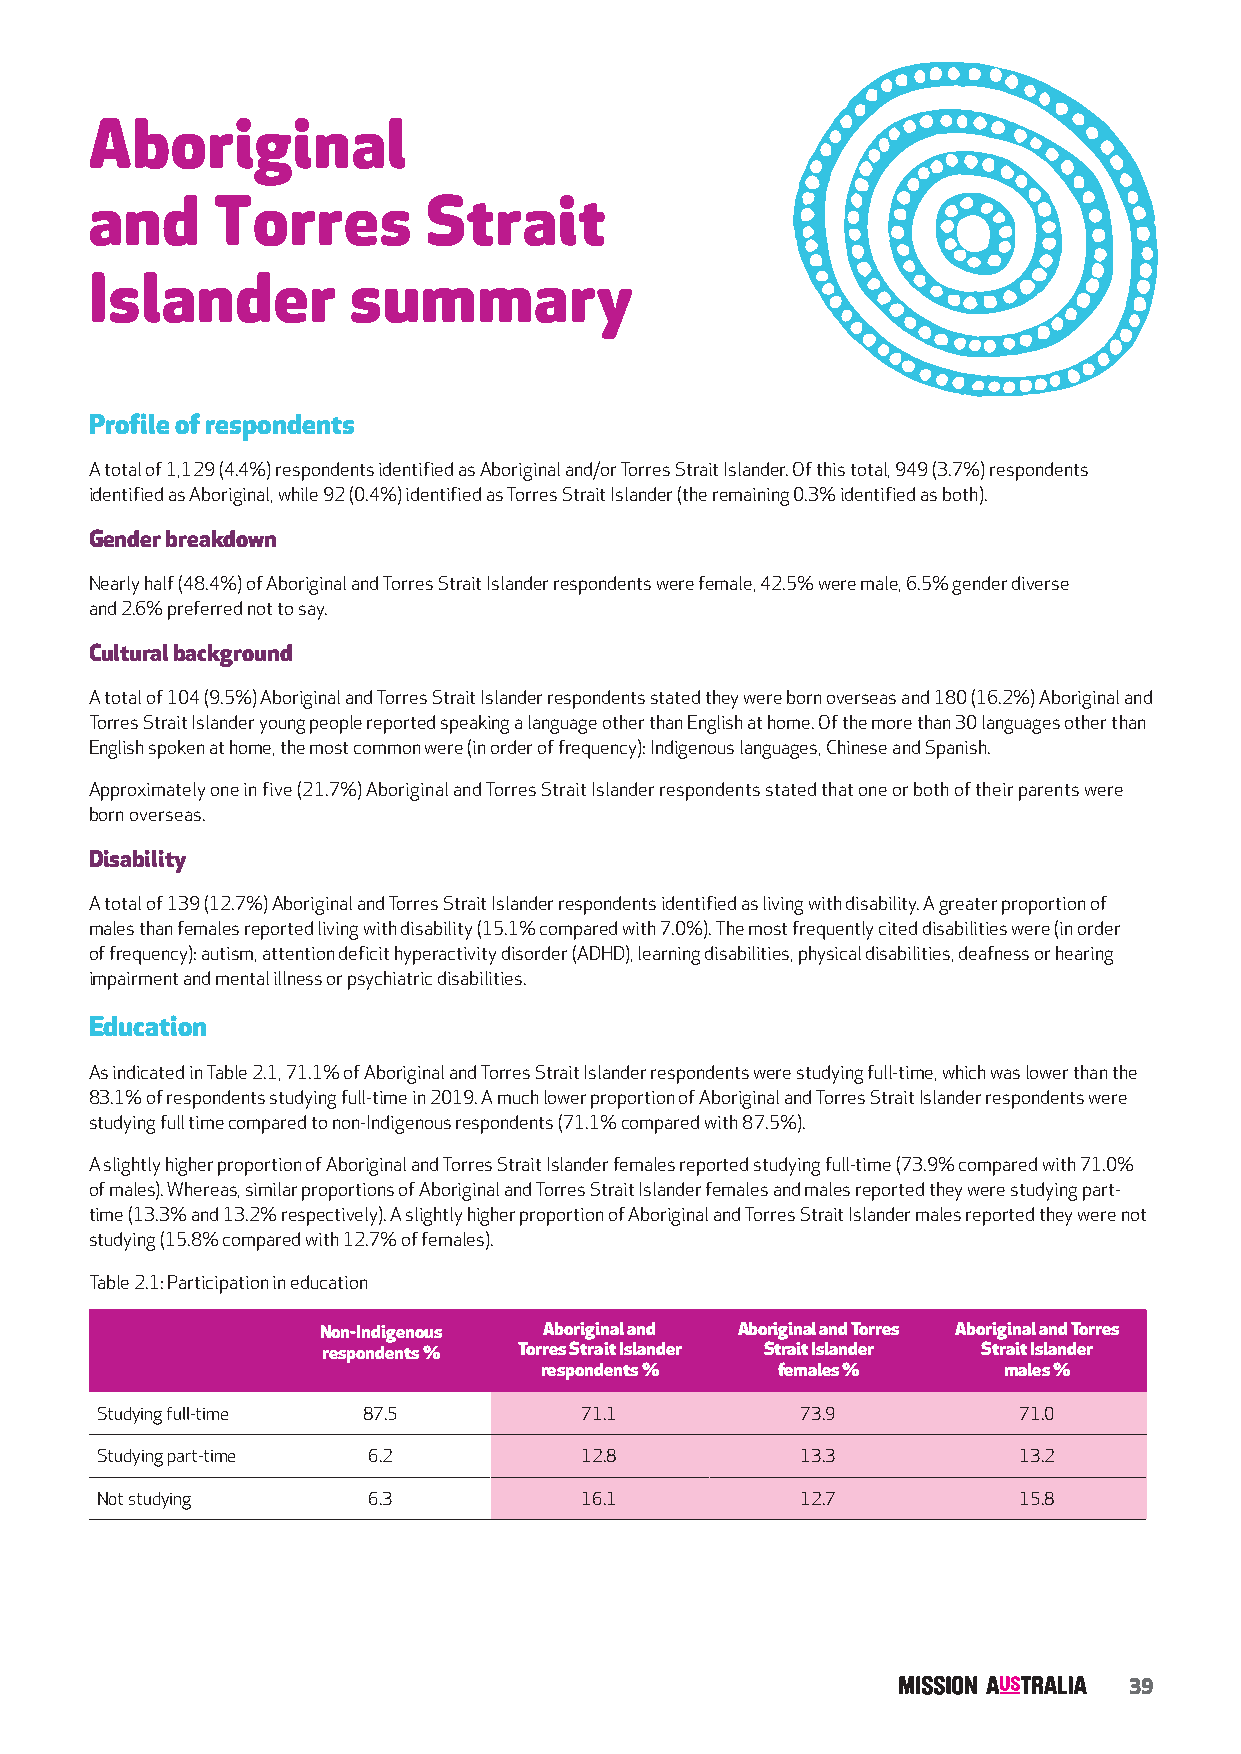
Aboriginal
 and     Torres        Strait
 Islander         summary
 Profile of respondents
 A total of 1,129 (4.4%) respondents identified as Aboriginal and/or Torres Strait Islander. Of this total, 949 (3.7%) respondents
 identified as Aboriginal, while 92 (0.4%) identified as Torres Strait Islander (the remaining 0.3% identified as both).
 Gender breakdown
 Nearly half (48.4%) of Aboriginal and Torres Strait Islander respondents were female, 42.5% were male, 6.5% gender diverse
 and 2.6% preferred not to say.
 Cultural background
 A total of 104 (9.5%) Aboriginal and Torres Strait Islander respondents stated they were born overseas and 180 (16.2%) Aboriginal and
 Torres Strait Islander young people reported speaking a language other than English at home. Of the more than 30 languages other than
 English spoken at home, the most common were (in order of frequency): Indigenous languages, Chinese and Spanish.
 Approximately one in five (21.7%) Aboriginal and Torres Strait Islander respondents stated that one or both of their parents were
 born overseas.
 Disability
 A total of 139 (12.7%) Aboriginal and Torres Strait Islander respondents identified as living with disability. A greater proportion of
 males than females reported living with disability (15.1% compared with 7.0%). The most frequently cited disabilities were (in order
 of frequency): autism, attention deficit hyperactivity disorder (ADHD), learning disabilities, physical disabilities, deafness or hearing
 impairment and mental illness or psychiatric disabilities.
 Education
 As indicated in Table 2.1, 71.1% of Aboriginal and Torres Strait Islander respondents were studying full-time, which was lower than the
 83.1% of respondents studying full-time in 2019. A much lower proportion of Aboriginal and Torres Strait Islander respondents were
 studying full time compared to non-Indigenous respondents (71.1% compared with 87.5%).
 A slightly higher proportion of Aboriginal and Torres Strait Islander females reported studying full-time (73.9% compared with 71.0%
 of males). Whereas, similar proportions of Aboriginal and Torres Strait Islander females and males reported they were studying part-
 time (13.3% and 13.2% respectively). A slightly higher proportion of Aboriginal and Torres Strait Islander males reported they were not
 studying (15.8% compared with 12.7% of females).
 Table 2.1: Participation in education
 Non-Indigenous Aboriginal and Aboriginal and Torres Aboriginal and Torres
 respondents % Torres Strait Islander Strait Islander Strait Islander
 respondents %  females %      males %
 Studying full-time 87.5          71.1          73.9          71.0
 Studying part-time 6.2           12.8          13.3          13.2
 Not studying      6.3            16.1          12.7          15.8
 39